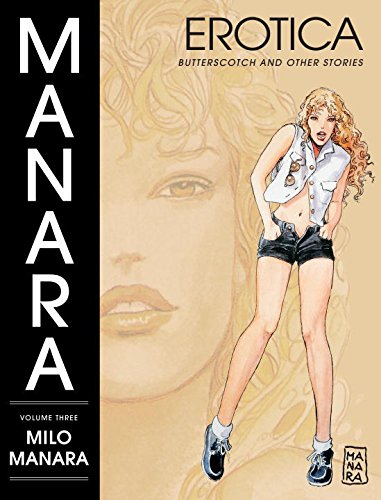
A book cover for The Manara Erotica Volume 3: Butterscotch and Other Stories; Milo Manara; Comics & Graphic Novels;